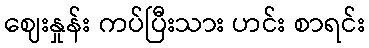
ဈေးနှုန်း ကပ်ပြီးသား ဟင်း စာရင်း